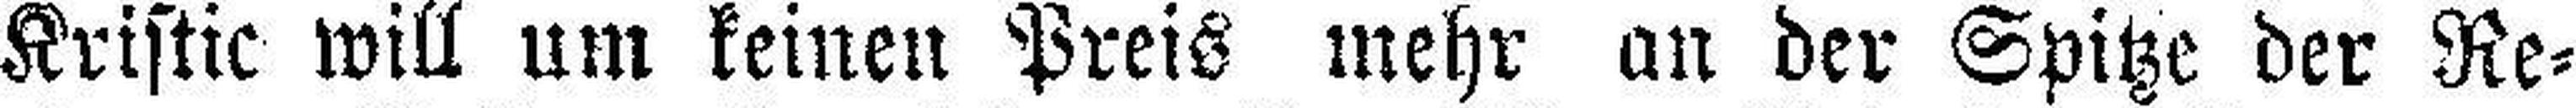
Kristic will um keinen Preis mehr an der Spitze der Re¬